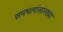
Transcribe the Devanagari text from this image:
समभागांसारख्या